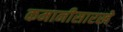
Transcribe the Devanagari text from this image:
कमानीसारखे